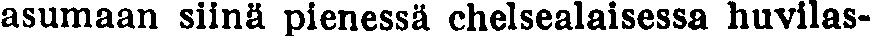
asumaan siinä pienessä chelsealaisessa huvilas-